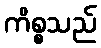
ကိစ္စသည်